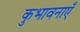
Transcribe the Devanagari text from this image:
कुभावनाएँ